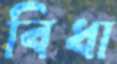
বিধা